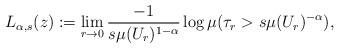
LaTeX: \begin{align*}L_{\alpha, s}(z) :=\lim_{r \to 0} \frac{-1}{s \mu(U_r)^{1-\alpha}} \log \mu(\tau_r > s\mu(U_r)^{-\alpha}),\end{align*}